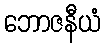
ဘောဇနီယံ